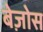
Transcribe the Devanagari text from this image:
बेज़ोस